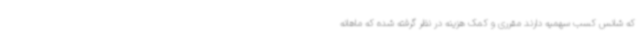
که شانس کسب سهمیه دارند مقرری و کمک هزینه در نظر گرفته شده که ماهانه